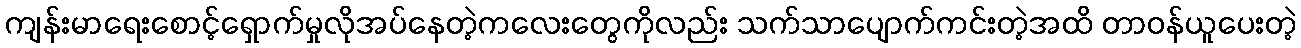
ကျန်းမာရေးစောင့်ရှောက်မှုလိုအပ်နေတဲ့ကလေးတွေကိုလည်း သက်သာပျောက်ကင်းတဲ့အထိ တာဝန်ယူပေးတဲ့